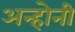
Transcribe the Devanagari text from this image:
अन्होनी